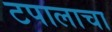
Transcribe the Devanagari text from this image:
टपालाचा